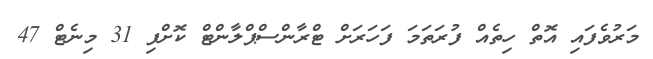
މަރުވެފައި އޮތް ހިތެއް ފުރަތަމަ ފަހަރަށް ޓްރާންސްޕްލާންޓް ކޮށްފި 31 މިނެޓް 47